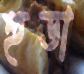
হুডা